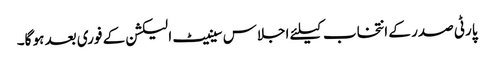
پارٹی صدر کے انتخاب کیلئے اجلاس سینیٹ الیکشن کے فوری بعد ہو گا۔